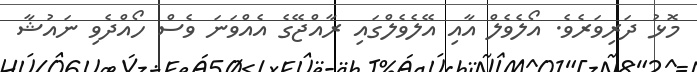
މޮޅު ދަރިވަރެވެ. އޯލެވެލް އާއި އޭލެވެލްގައި ރާއްޖޭގެ އެއްވަނަ ވެސް ހޯއްދެވި ނައުޝާ